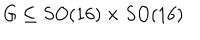
G \subseteq S O ( 1 6 ) \times S O ( 1 6 )